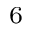
_ 6